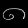
Digit: ၈